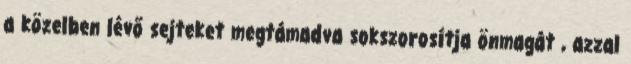
a közelben lévő sejteket megtámadva sokszorosítja önmagát , azzal